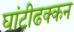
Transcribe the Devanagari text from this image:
घांटीढक्कन